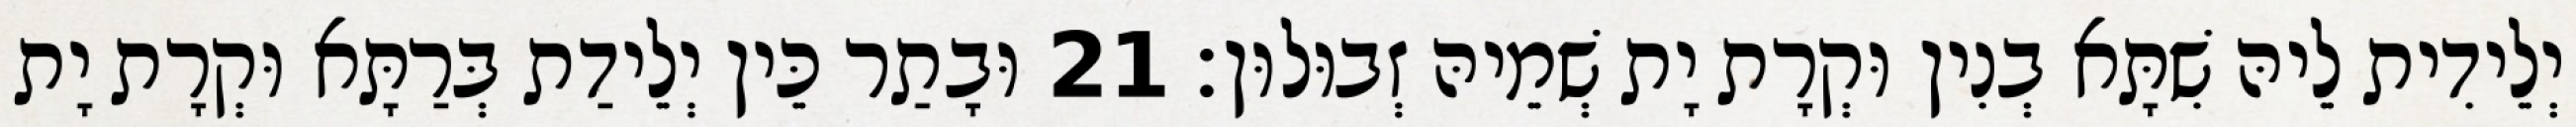
יְלֵידִית לֵיהּ שִׁתָּא בְנִין וּקְרָת יָת שְׁמֵיהּ זְבוּלוּן׃ 21 וּבָתַר כֵּין יְלֵידַת בְּרַתָּא וּקְרָת יָת